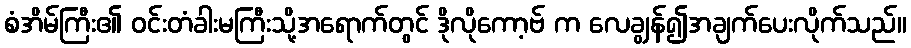
စံအိမ်ကြီး၏ ဝင်းတံခါးမကြီးသို့အရောက်တွင် ဒိုလိုကော့ဗ် က လေချွန်၍အချက်ပေးလိုက်သည်။